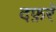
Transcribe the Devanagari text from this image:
दफ़रॅ